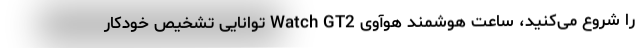
را شروع می‌کنید، ساعت هوشمند هوآوی Watch GT2 توانایی تشخیص خودکار